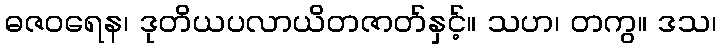
ဓဇဝရေန၊ ဒုတိယပလာယိတဇာတ်နှင့်။ သဟ၊ တကွ။ ဒသ၊